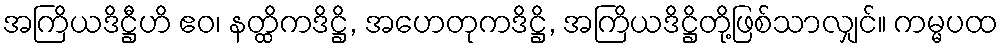
အကြိယဒိဋ္ဌီဟိ ဧဝ၊ နတ္ထိကဒိဋ္ဌိ, အဟေတုကဒိဋ္ဌိ, အကြိယဒိဋ္ဌိတို့ဖြစ်သာလျှင်။ ကမ္မပထ